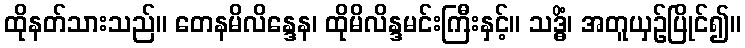
ထိုနတ်သားသည်။ တေနမိလိန္ဒေန၊ ထိုမိလိန္ဒမင်းကြီးနှင့်။ သဒ္ဓိံ၊ အတူယှဉ်ပြိုင်၍။